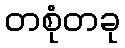
တစုံတခု